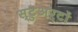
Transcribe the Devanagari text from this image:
स्टुअर्टों